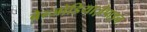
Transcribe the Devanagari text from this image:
बेन्जोडियाज़ेपाइन